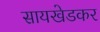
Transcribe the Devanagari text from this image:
सायखेडकर